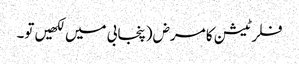
فلرٹیشن کا مرض (پنجابی میں لکھیں تو۔